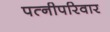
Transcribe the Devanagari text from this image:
पत्नीपरिवार